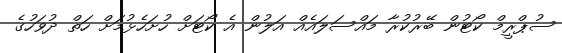
ސުޕްރީމް ކޯޓުން ބޭރުކުރާ މައްސަލައެއް އަލުން އެ ކޯޓަށް ހުށަހެޅުމަށް ހަތް ދުވަހުގެ